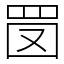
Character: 𦊔